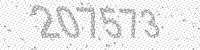
Solution: 207573